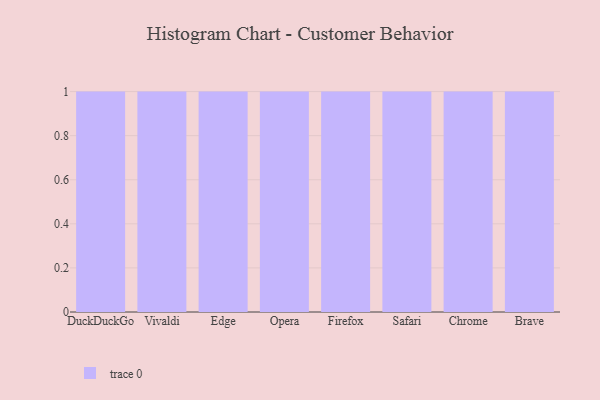
{"axis": {"x": "Browser", "y": "Revenue (USD Million)"}, "legend": [""], "data": [{"x": "DuckDuckGo", "y": 61, "type": ""}, {"x": "Vivaldi", "y": 41, "type": ""}, {"x": "Edge", "y": 62, "type": ""}, {"x": "Opera", "y": 77, "type": ""}, {"x": "Firefox", "y": 19, "type": ""}, {"x": "Safari", "y": 65, "type": ""}, {"x": "Chrome", "y": 15, "type": ""}, {"x": "Brave", "y": 99, "type": ""}]}